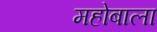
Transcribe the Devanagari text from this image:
महोबाला